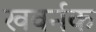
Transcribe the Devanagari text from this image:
खवर्नक